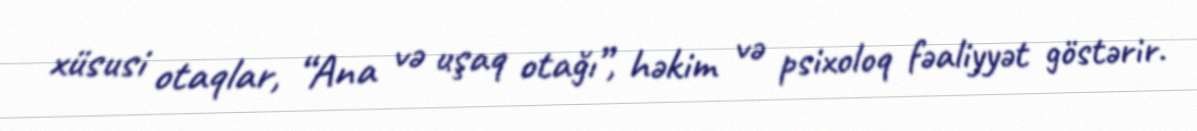
xüsusi otaqlar, “Ana və uşaq otağı”, həkim və psixoloq fəaliyyət göstərir.